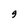
Character: y